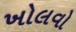
ખોલવો